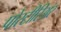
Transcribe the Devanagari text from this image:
पोस्टीरिअर